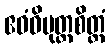
ဧဝံဝိမုတ္တစိတ္တံ